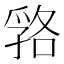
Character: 嗠